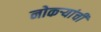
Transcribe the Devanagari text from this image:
नोकऱ्यांची